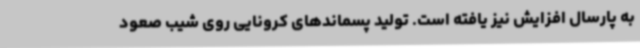
به پارسال افزایش نیز یافته است. تولید پسماندهای کرونایی روی شیب صعود